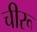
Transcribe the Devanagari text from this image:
चीरू